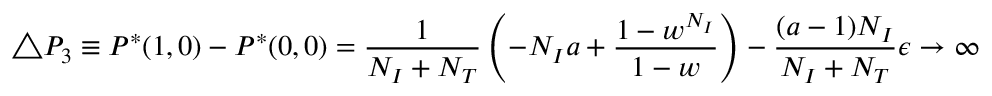
\triangle P _ { 3 } \equiv P ^ { * } ( 1 , 0 ) - P ^ { * } ( 0 , 0 ) = \frac { 1 } { N _ { I } + N _ { T } } \left( - N _ { I } a + \frac { 1 - w ^ { N _ { I } } } { 1 - w } \right) - \frac { ( a - 1 ) N _ { I } } { N _ { I } + N _ { T } } \epsilon \rightarrow \infty